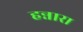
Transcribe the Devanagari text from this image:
हन्नारा